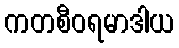
ကတစီဝရမာဒါယ